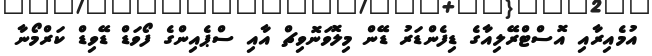
އުމެއިރާއި އޮސްޓްރޭލިއާގެ ޑިފެންޑަރު ޑޭން މިލޮވަނޮވިޗް އާއި ސްޕެއިންގެ ފޯވަޑް ޑޭވިޑް ކަރްމޯނާ